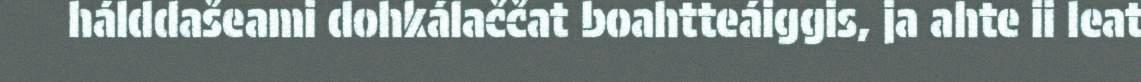
hálddašeami dohkálaččat boahtteáiggis, ja ahte ii leat